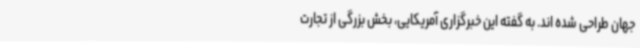
جهان طراحی شده اند. به گفته این خبرگزاری آمریکایی، بخش بزرگی از تجارت